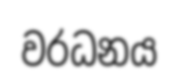
වරධනය